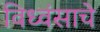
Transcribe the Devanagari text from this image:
विध्वंसाचे